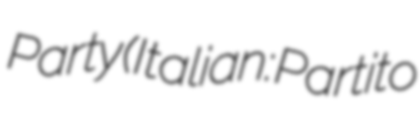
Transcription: Party (Italian: Partito